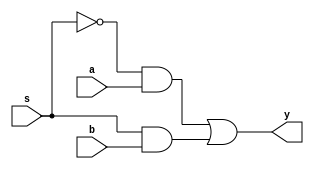
module lab01(a,b,s,y);
	input a,b,s; // 3wire     a,b,s 1 
	output y; // 1wire     y 1 

	assign y = (~s&a)|(s&b); //          

endmodule